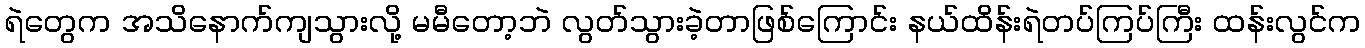
ရဲတွေက အသိနောက်ကျသွားလို့ မမီတော့ဘဲ လွတ်သွားခဲ့တာဖြစ်ကြောင်း နယ်ထိန်းရဲတပ်ကြပ်ကြီး ထန်းလွင်က